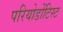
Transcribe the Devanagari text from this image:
परियोडोंटिस्ट